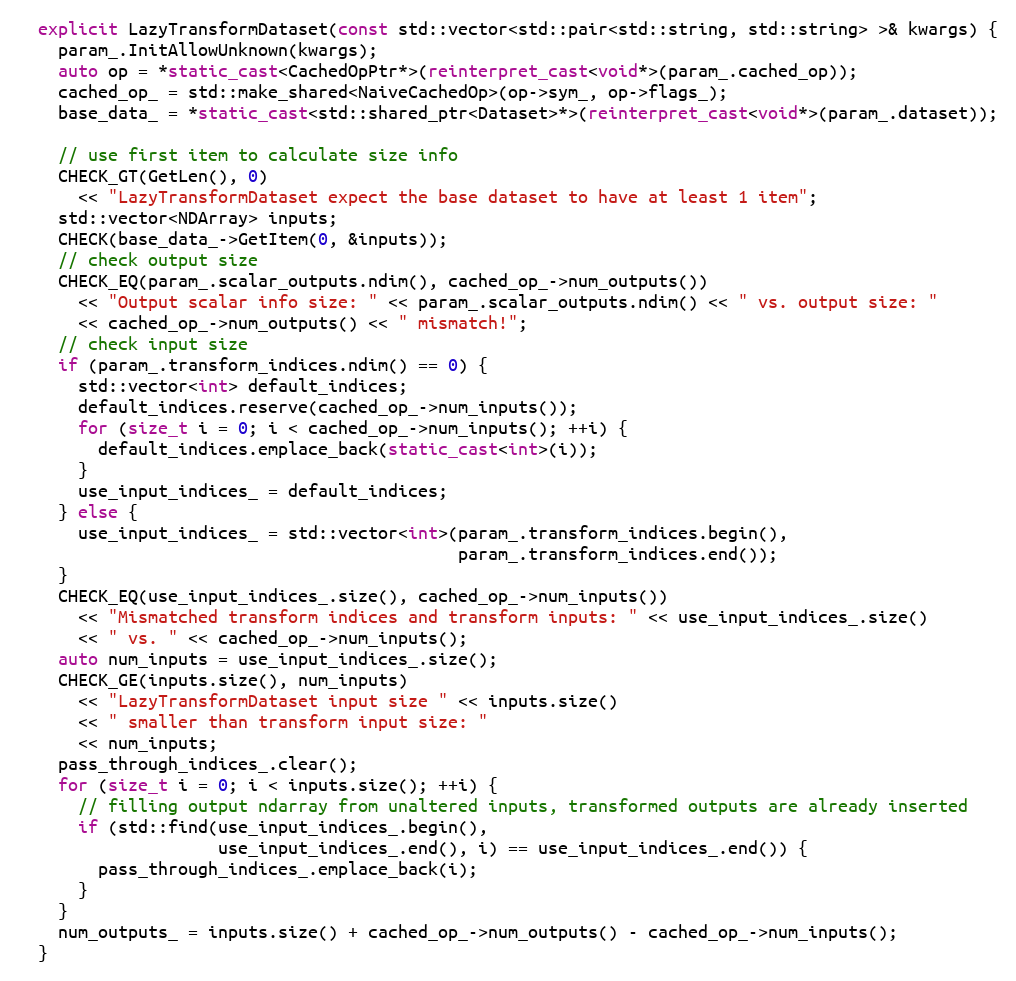
Language: C++
  explicit LazyTransformDataset(const std::vector<std::pair<std::string, std::string> >& kwargs) {
    param_.InitAllowUnknown(kwargs);
    auto op = *static_cast<CachedOpPtr*>(reinterpret_cast<void*>(param_.cached_op));
    cached_op_ = std::make_shared<NaiveCachedOp>(op->sym_, op->flags_);
    base_data_ = *static_cast<std::shared_ptr<Dataset>*>(reinterpret_cast<void*>(param_.dataset));

    // use first item to calculate size info
    CHECK_GT(GetLen(), 0)
      << "LazyTransformDataset expect the base dataset to have at least 1 item";
    std::vector<NDArray> inputs;
    CHECK(base_data_->GetItem(0, &inputs));
    // check output size
    CHECK_EQ(param_.scalar_outputs.ndim(), cached_op_->num_outputs())
      << "Output scalar info size: " << param_.scalar_outputs.ndim() << " vs. output size: "
      << cached_op_->num_outputs() << " mismatch!";
    // check input size
    if (param_.transform_indices.ndim() == 0) {
      std::vector<int> default_indices;
      default_indices.reserve(cached_op_->num_inputs());
      for (size_t i = 0; i < cached_op_->num_inputs(); ++i) {
        default_indices.emplace_back(static_cast<int>(i));
      }
      use_input_indices_ = default_indices;
    } else {
      use_input_indices_ = std::vector<int>(param_.transform_indices.begin(),
                                            param_.transform_indices.end());
    }
    CHECK_EQ(use_input_indices_.size(), cached_op_->num_inputs())
      << "Mismatched transform indices and transform inputs: " << use_input_indices_.size()
      << " vs. " << cached_op_->num_inputs();
    auto num_inputs = use_input_indices_.size();
    CHECK_GE(inputs.size(), num_inputs)
      << "LazyTransformDataset input size " << inputs.size()
      << " smaller than transform input size: "
      << num_inputs;
    pass_through_indices_.clear();
    for (size_t i = 0; i < inputs.size(); ++i) {
      // filling output ndarray from unaltered inputs, transformed outputs are already inserted
      if (std::find(use_input_indices_.begin(),
                    use_input_indices_.end(), i) == use_input_indices_.end()) {
        pass_through_indices_.emplace_back(i);
      }
    }
    num_outputs_ = inputs.size() + cached_op_->num_outputs() - cached_op_->num_inputs();
  }